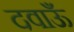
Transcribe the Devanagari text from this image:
दवाऊँ